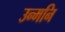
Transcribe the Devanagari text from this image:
उन्मनि